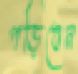
পড়িবেন